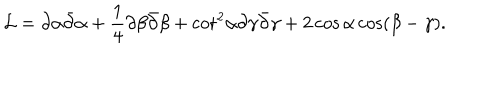
{ \cal L } = \partial \alpha \bar { \partial } \alpha + { \frac { 1 } { 4 } } \partial \beta \bar { \partial } \beta + { \cot } ^ { 2 } \alpha \partial \gamma \bar { \partial } \gamma + 2 \cos \alpha \cos ( \beta - \gamma ) .